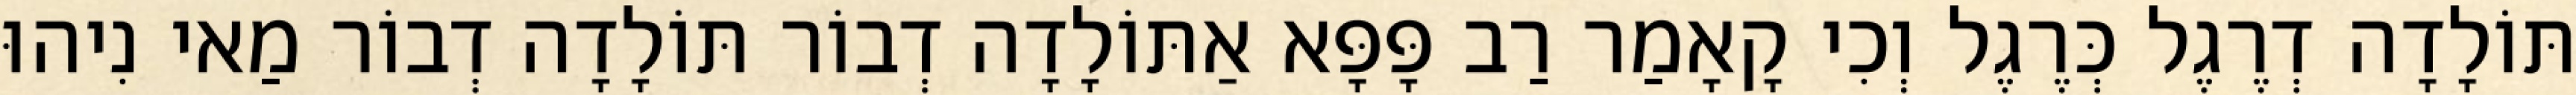
תּוֹלָדָה דְרֶגֶל כְּרֶגֶל וְכִי קָאָמַר רַב פָּפָּא אַתּוֹלָדָה דְבוֹר תּוֹלָדָה דְבוֹר מַאי נִיהוּ